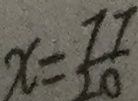
x = \frac { 7 7 } { 2 0 }